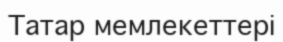
Татар мемлекеттері